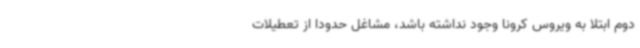
دوم ابتلا به ویروس کرونا وجود نداشته باشد، مشاغل حدودا از تعطیلات